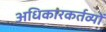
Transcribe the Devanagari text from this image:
अधिकारकर्तव्यों